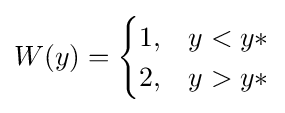
W(y)={\begin{cases}1,&y<y*\\2,&y>y*\end{cases}}